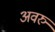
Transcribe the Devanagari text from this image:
अवरु